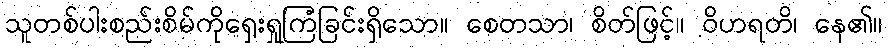
သူတစ်ပါးစည်းစိမ်ကိုရှေးရှုကြံခြင်းရှိသော။ စေတသာ၊ စိတ်ဖြင့်။ ဝိဟရတိ၊ နေ၏။